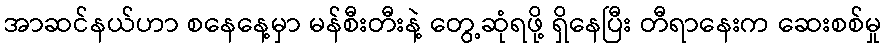
အာဆင်နယ်ဟာ စနေနေ့မှာ မန်စီးတီးနဲ့ တွေ့ဆုံရဖို့ ရှိနေပြီး တီရာနေးက ဆေးစစ်မှု